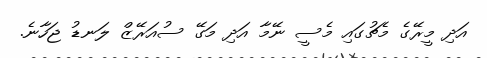
އަދި މީރޭގެ މެޗުގައި މެސީ ނޭމާ އަދި މަގޭ ސުއަރޭޒް ލަނޑު ޖަހާނެ.